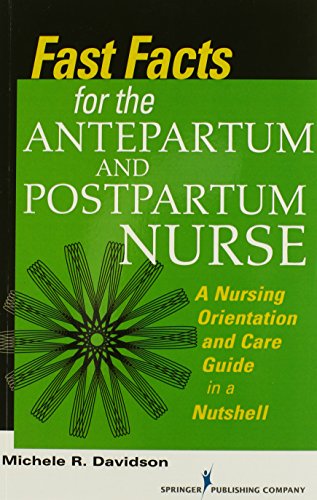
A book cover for Fast Facts for the Antepartum and Postpartum Nurse: A Nursing Orientation and Care Guide in a Nutshell (Fast Facts (Springer)); Michele R. Davidson PhD  CNM  CFN  RN; Medical Books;